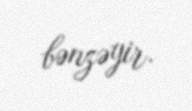
bənzəyir.